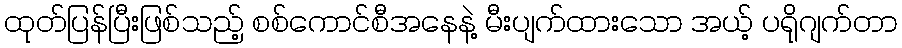
ထုတ်ပြန်ပြီးဖြစ်သည့် စစ်ကောင်စီအနေနဲ့ မီးပျက်ထားသော အယ့် ပရိုဂျက်တာ